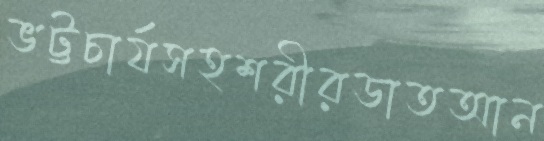
ভট্টচার্যসহশরীরডাতআন